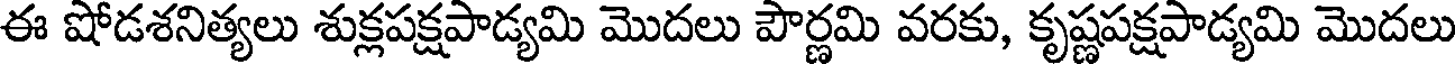
ఈ షోడశనిత్యలు శుక్లపక్షపాడ్యమి మొదలు పౌర్ణమి వరకు, కృష్ణపక్షపాడ్యమి మొదలు